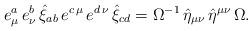
LaTeX: \begin{align*}e_\mu ^a\,e_\nu ^b\,\hat{\xi}_{ab}\,e^{c\,\mu }\,e^{d\,\nu }\,\hat{\xi}_{cd}=\Omega ^{-1}\,\hat{\eta}_{\mu \nu }\,\hat{\eta}^{\mu \nu }\,\Omega .\end{align*}